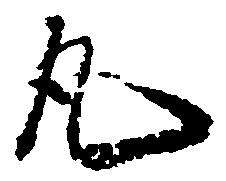
丸